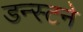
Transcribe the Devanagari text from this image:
डन्स्टने